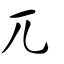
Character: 兀